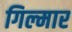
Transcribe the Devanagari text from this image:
गिल्मार